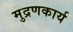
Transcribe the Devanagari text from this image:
मुद्रणकार्य